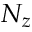
N _ { z }